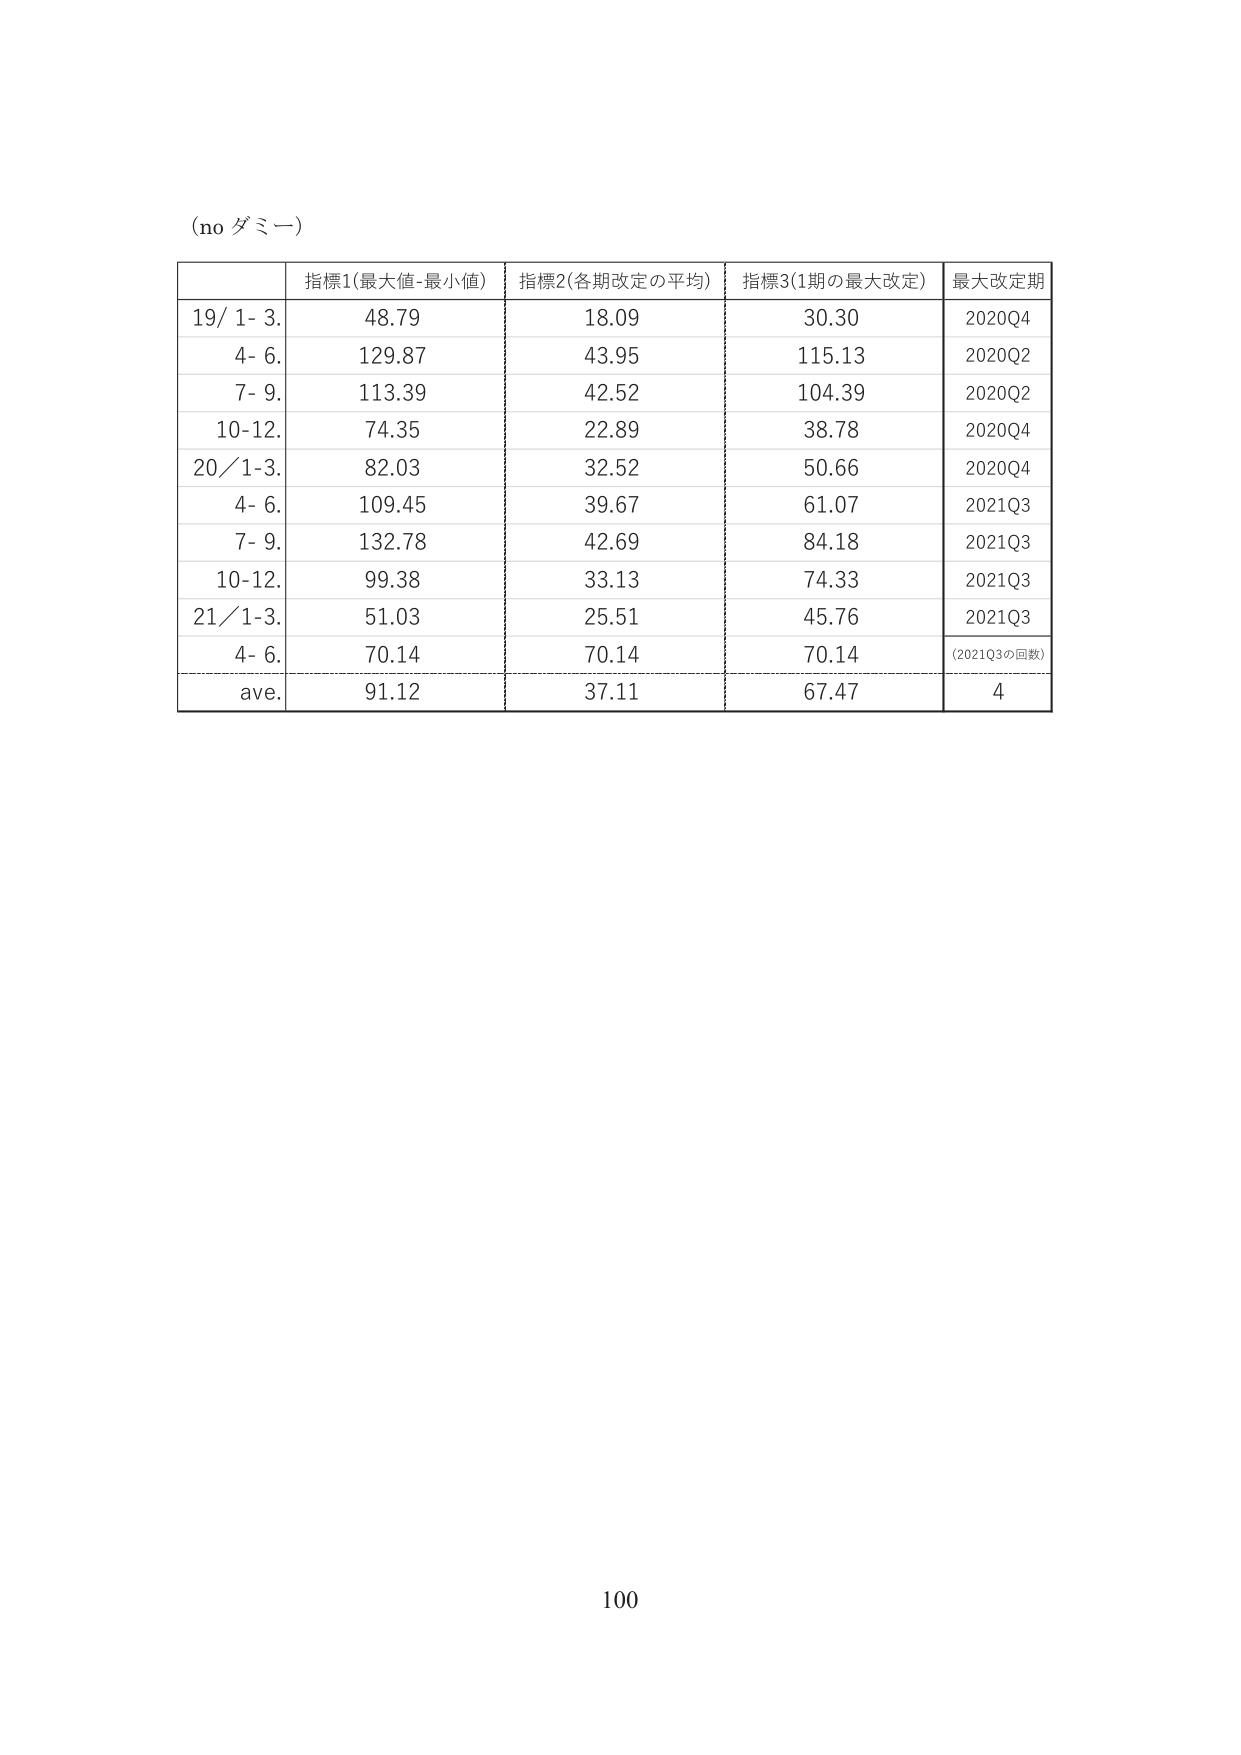
(no ダミー)

指標1(最大値-最小値) 指標2(各期改定の平均) 指標3(1期の最大改定) 最大改定期
19/ 1- 3. 48.79 18.09 30.30 2020Q4
4- 6. 129.87 43.95 115.13 2020Q2
7- 9. 113.39 42.52 104.39 2020Q2
10-12. 74.35 22.89 38.78 2020Q4
20/ 1-3. 82.03 32.52 50.66 2020Q4
4- 6. 109.45 39.67 61.07 2021Q3
7- 9. 132.78 42.69 84.18 2021Q3
10-12. 99.38 33.13 74.33 2021Q3
21/ 1-3. 51.03 25.51 45.76 2021Q3
4- 6. 70.14 70.14 70.14 (2021Q3の回数)
ave. 91.12 37.11 67.47 4

100